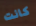
كانت